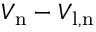
V _ { \mathrm { n } } - V _ { \mathrm { l , n } }